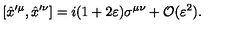
[ \hat { x } ^ { \prime \mu } , \hat { x } ^ { \prime \nu } ] = i ( 1 + 2 \varepsilon ) \sigma ^ { \mu \nu } + \mathcal { O } ( \varepsilon ^ { 2 } ) .